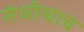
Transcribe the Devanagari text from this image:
संधीचाच